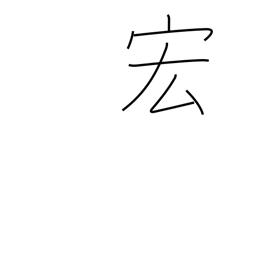
Meaning: wide